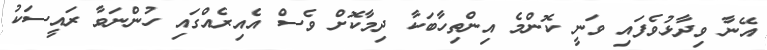
އޭނާ ވިދާޅުވެފައި ވަނީ ކޮންމެ އިންތިހާބަކާ ދިމާކޮށް ވެސް އެއިރެއްގައި ހުންނަވާ ރައީސަކު